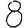
Digit: 8